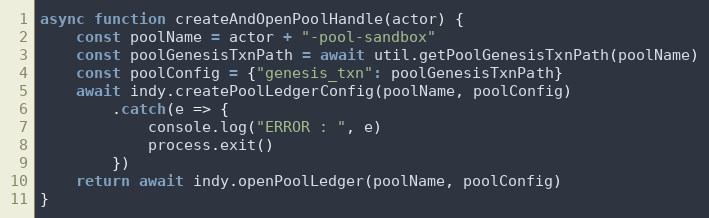
Language: JavaScript
async function createAndOpenPoolHandle(actor) {
    const poolName = actor + "-pool-sandbox"
    const poolGenesisTxnPath = await util.getPoolGenesisTxnPath(poolName)
    const poolConfig = {"genesis_txn": poolGenesisTxnPath}
    await indy.createPoolLedgerConfig(poolName, poolConfig)
        .catch(e => {
            console.log("ERROR : ", e)
            process.exit()
        })
    return await indy.openPoolLedger(poolName, poolConfig)
}